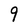
Character: 9